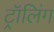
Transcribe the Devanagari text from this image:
ट्रॉलिंग